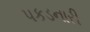
પકડનારી